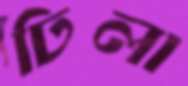
ঢিলা